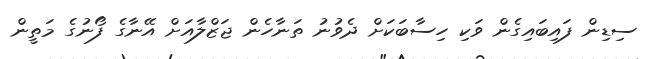
ސިޑިން ފައިބައިގެން ވަކި ހިސާބަކަށް ދެވުނު ތަނާހެން ޖަޒްލާއަށް އޭނާގެ ފޯނުގެ މަތީން